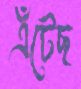
এঁটেছ